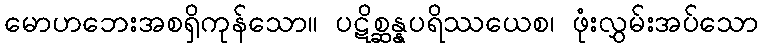
မောဟဘေးအစရှိကုန်သော။ ပဋိစ္ဆန္နပရိဿယေစ၊ ဖုံးလွှမ်းအပ်သော